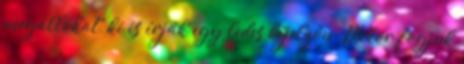
megállókat, ki is írják egy ledes kijelzőn. Mikor fogjuk